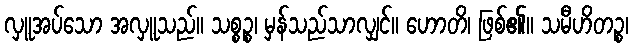
လှူအပ်သော အလှူသည်။ သစ္စဉ္စ၊ မှန်သည်သာလျှင်။ ဟောတိ၊ ဖြစ်၏။ သမီဟိတဉ္စ၊